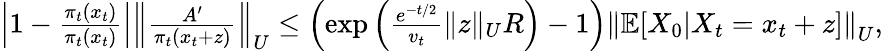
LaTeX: \begin{array}{r}{\left|1-\frac{\pi_{t}(x_{t})}{\pi_{t}(x_{t})}\right|\left\| \frac{A^{\prime}}{\pi_{t}(x_{t}+z)}\right\| _{U}\le\left(\exp\left(\frac{e^{-t/2}}{v_{t}}\| z\| _{U}R\right)-1\right)\left\| \mathbb{E}[X_{0}|X_{t}=x_{t}+z]\right\| _{U},}\end{array}